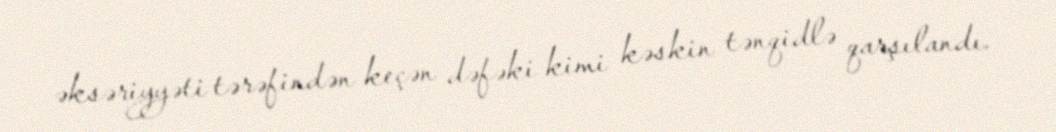
əksəriyyəti tərəfindən keçən dəfəki kimi kəskin tənqidlə qarşılandı.